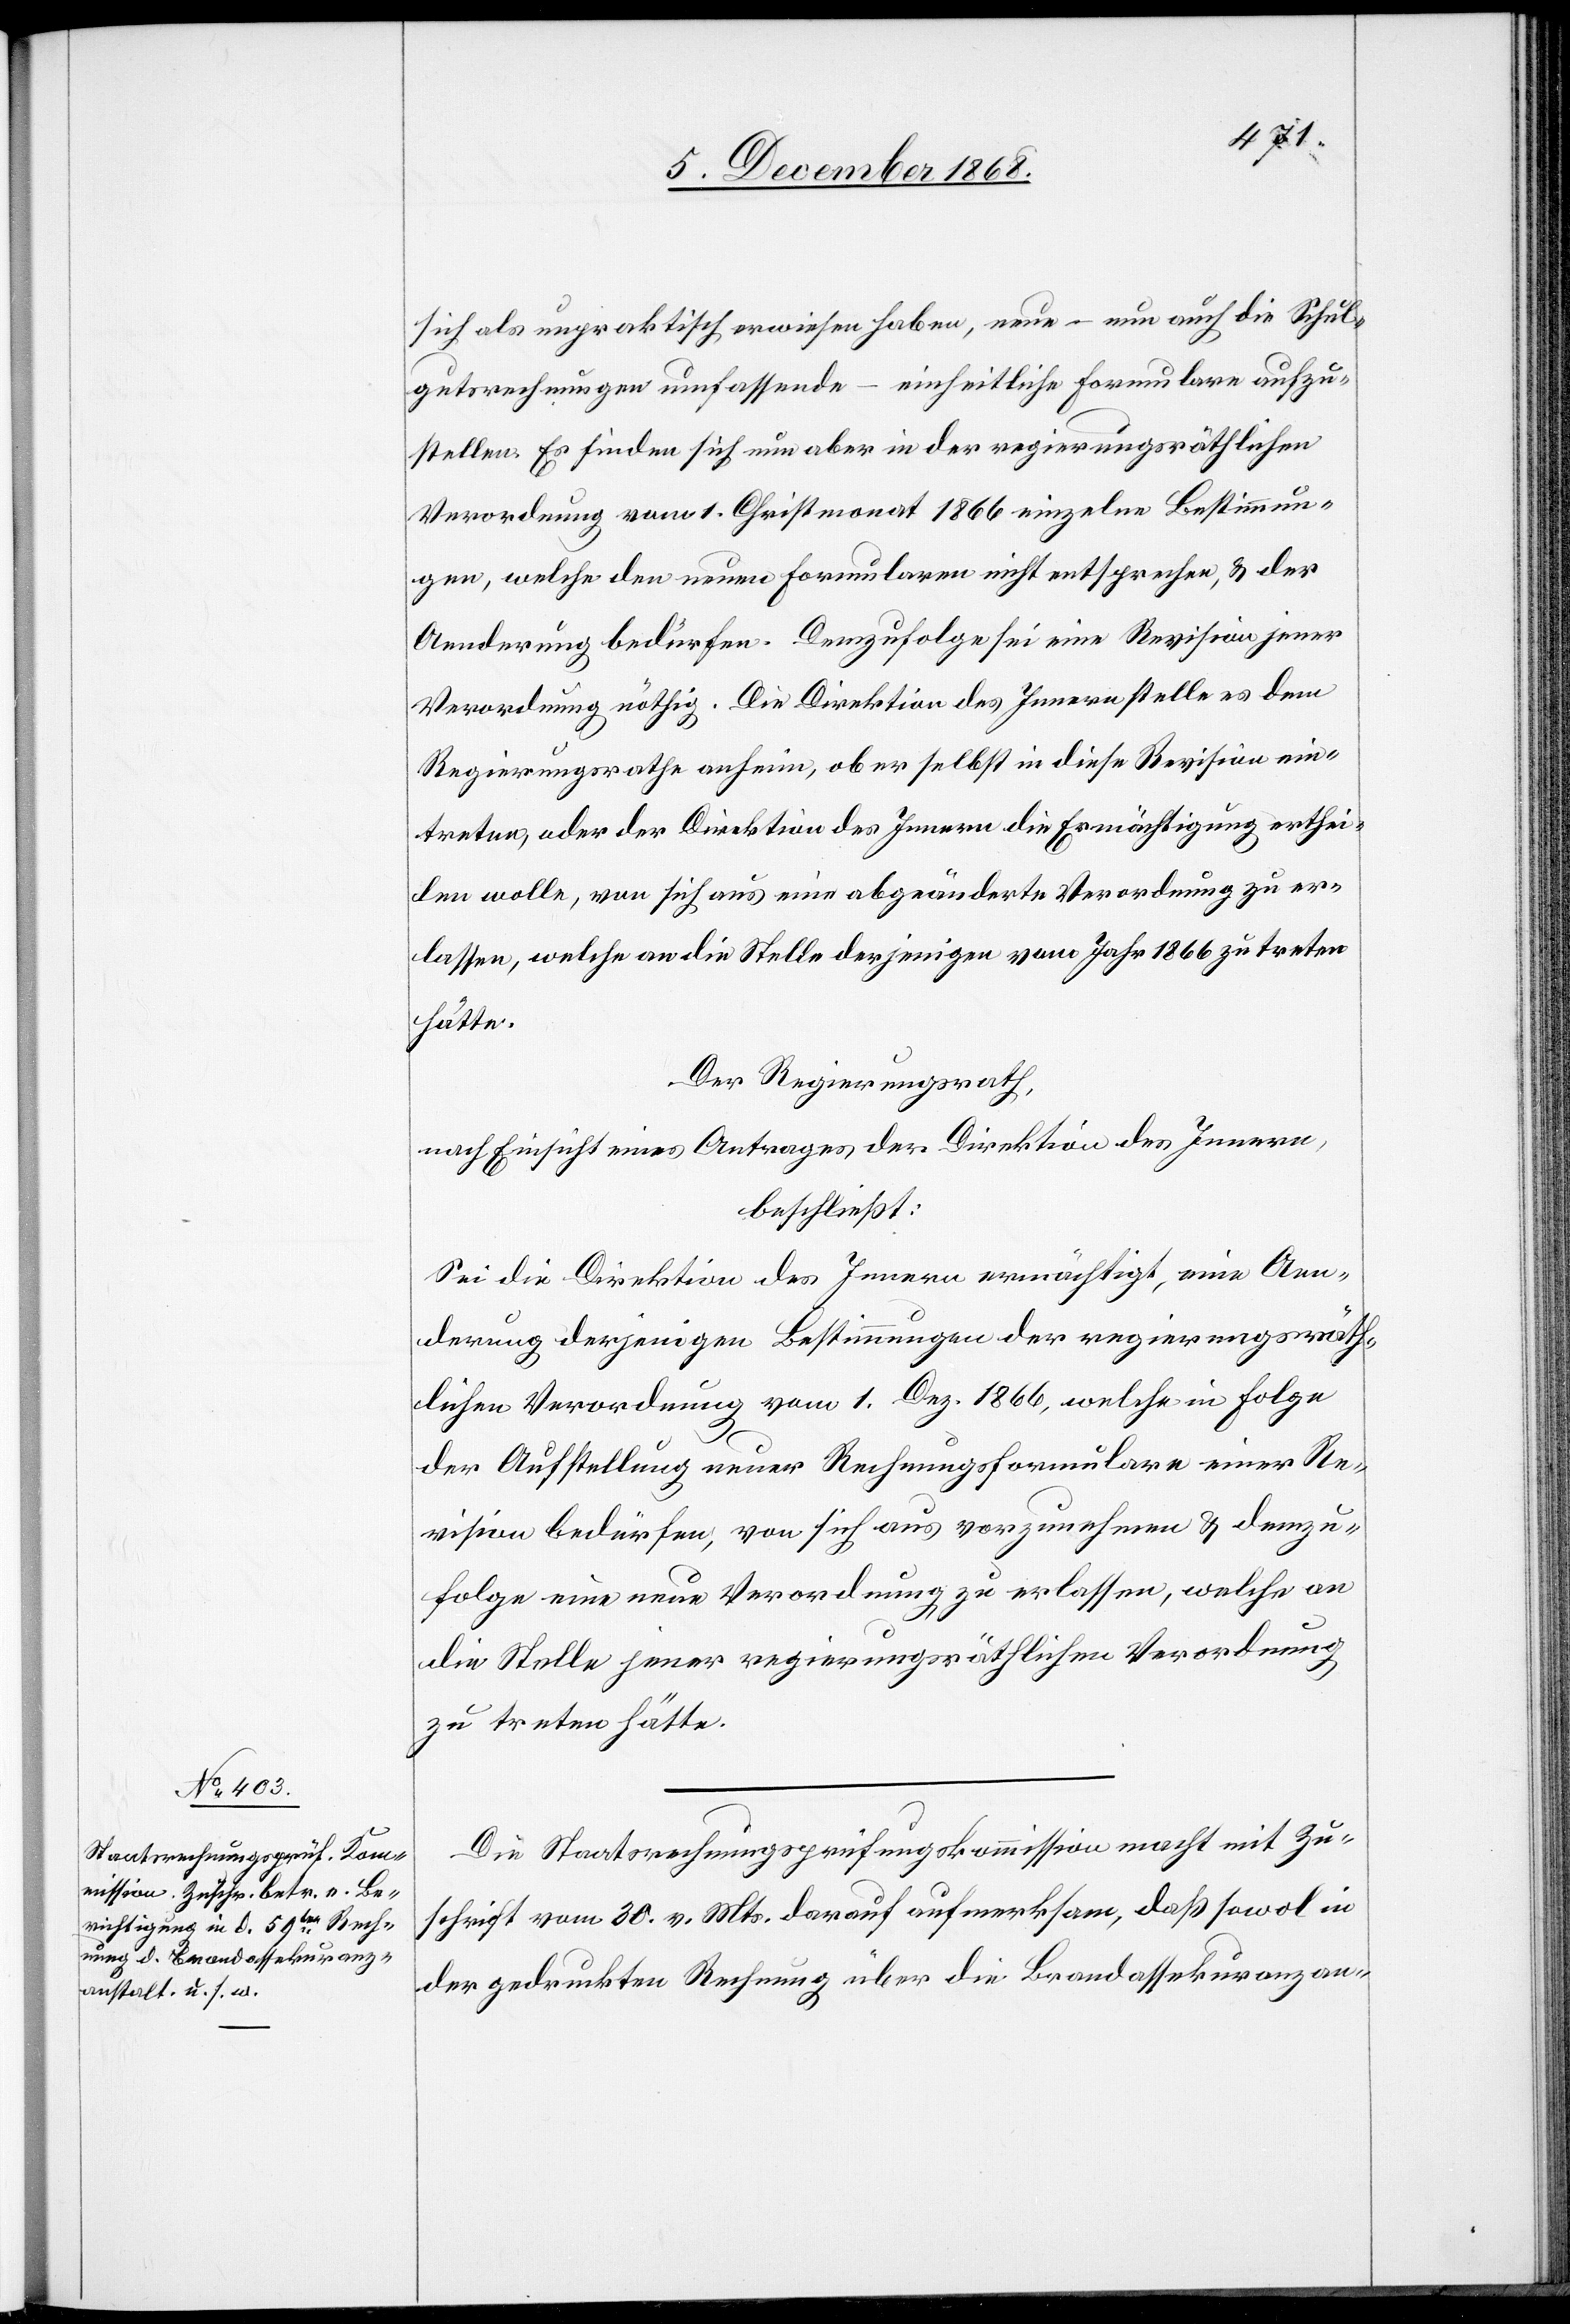
sich als unpraktisch erwiesen haben, neue – nun auch die Schul¬
gutsrechnungen umfassende – einheitliche Formulare aufzu¬
stellen. Es finden sich nun aber in der regierungsräthlichen
Verordnung vom 1. Christmonat 1866 einzelne Bestimmun¬
gen, welche den neuen Formularen nicht entsprechen, & der
Aenderung bedürfen. Demzufolge sei eine Revision jener
Verordnung nöthig. Die Direktion des Innern stelle es dem
Regierungsrathe anheim, ob er selbst in diese Revision ein¬
treten, oder der Direktion des Innern die Ermächtigung erthei¬
len wolle, von sich aus eine abgeänderte Verordnung zu er¬
lassen, welche an die Stelle derjenigen vom Jahr 1866 zu treten
hätte.
Der Regierungsrath,
nach Einsicht eines Antrages der Direktion des Innern,
beschließt:
Sei die Direktion des Innern ermächtigt, eine Aen¬
derung derjenigen Bestimmungen der regierungsräth¬
lichen Verordnung vom 1. Dez. 1866, welche in Folge
der Aufstellung neuer Rechnungsformulare einer Re¬
vision bedürfen, von sich aus vorzunehmen & demzu¬
folge eine neue Verordnung zu erlassen, welche an
die Stelle jener regierungsräthlichen Verordnung
zu treten hätte.
Die Staatsrechnungsprüfungskommission macht mit Zu¬
schrift vom 30. v. Mts. darauf aufmerksam, daß sowol in
der gedruckten Rechnung über die Brandassekuranzan-